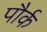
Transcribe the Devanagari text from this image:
पौर्क